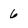
Character: 6